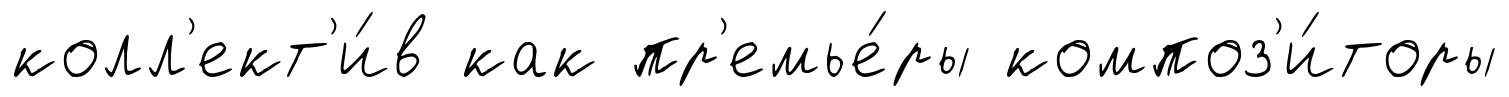
колл'ект'и́в как пр'емье́ры композ'и́торы